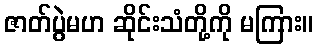
ဇာတ်ပွဲမဟ ဆိုင်းသံတို့ကို မကြား။